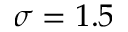
\sigma = 1 . 5